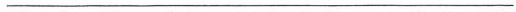
___